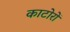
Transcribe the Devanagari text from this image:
काटोरों